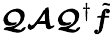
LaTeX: \boldsymbol{\mathcal{Q}}\boldsymbol{\mathcal{A}}\boldsymbol{\mathcal{Q}}^{\dagger}\tilde{\boldsymbol{f}}